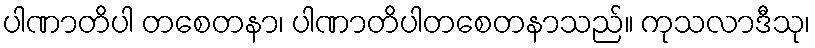
ပါဏာတိပါ တစေတနာ၊ ပါဏာတိပါတစေတနာသည်။ ကုသလာဒီသု၊